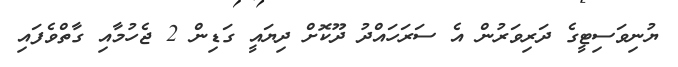
ޔުނިވަސިޓީގެ ދަރިވަރުން އެ ސަރަހައްދު ދޫކޮށް ދިޔައީ ގަޑިން 2 ޖެހުމާއި ގާތްވެފައި